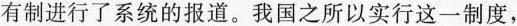
有制进行了系统的报道。我国之所以实行这一制度，